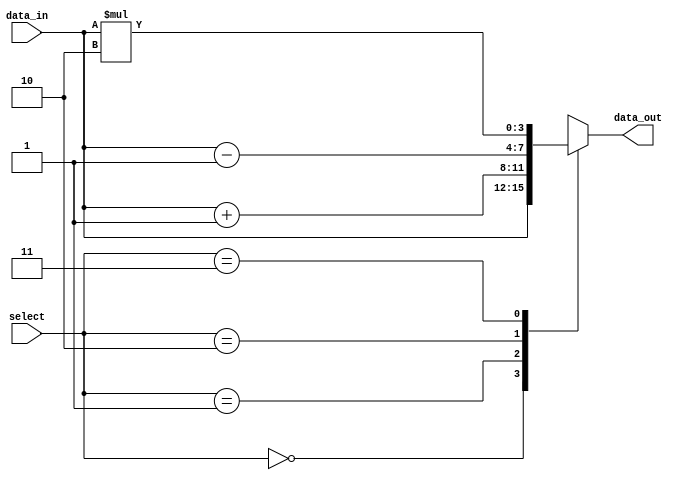
module parallel_case_example (
    input wire [1:0] select,
    input wire [3:0] data_in,
    output reg [3:0] data_out
);

always @* begin
    case (select)
        2'b00: data_out = data_in;
        2'b01: data_out = data_in + 1;
        2'b10: data_out = data_in - 1;
        2'b11: data_out = data_in * 2;
        default: data_out = 4'b1111;
    endcase
end

endmodule